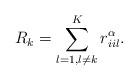
LaTeX: \begin{align*} R_k = \sum_{l=1,l \neq k}^K r_{iil}^{\alpha}.\end{align*}